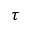
\tau